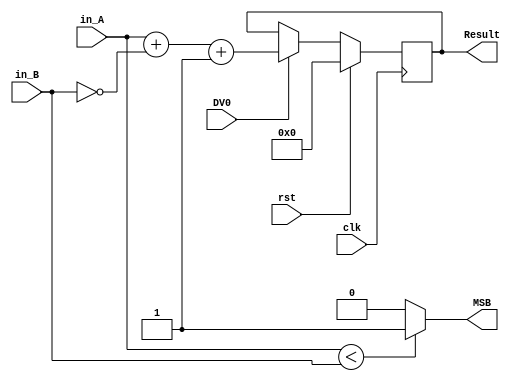
module subtractor (clk , rst, DV0, in_A , in_B , MSB , Result); // Result = in_A  - in_B   // Reslut en C2s
  input clk;
  input rst;
  input DV0;
  input [15:0] in_A;
  input [15:0] in_B;  
  
  output reg MSB=0;
  output reg [15:0] Result=0;



always @(negedge clk) begin
  if(rst) begin 
	Result=0;
  end
  else 
  if(DV0==1) begin
  Result= in_A + (~in_B)+1;
  end 
  else Result=Result;
end


always @(*) begin
if(in_A < in_B) MSB=1;
else MSB=0;
end

endmodule